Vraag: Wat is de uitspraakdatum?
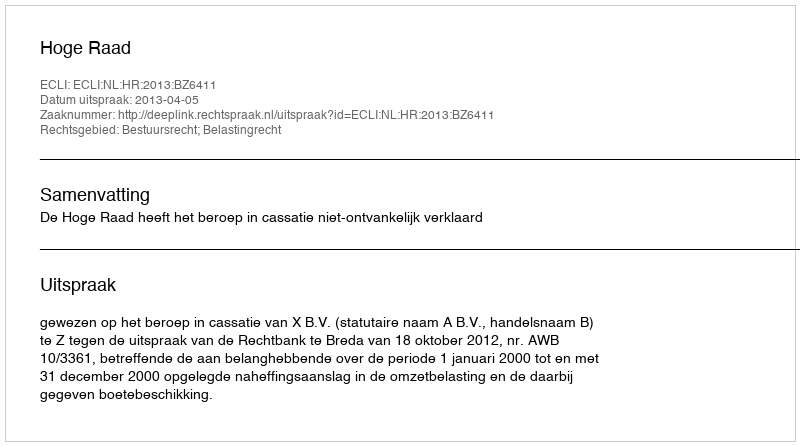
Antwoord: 2013-04-05